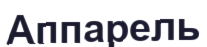
Аппарель